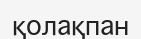
қолақпан